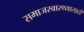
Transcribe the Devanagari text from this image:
समाजस्वास्थ्यासाठी